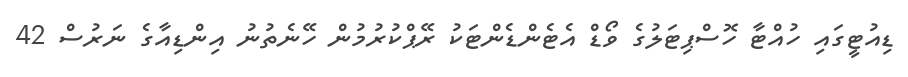
ޑިއުޓީގައި ހުއްޓާ ހޮސްޕިޓަލުގެ ވޯޑް އެޓެންޑެންޓަކު ރޭޕްކުރުމުން ހޭނެތުނު އިންޑިއާގެ ނަރުސް 42